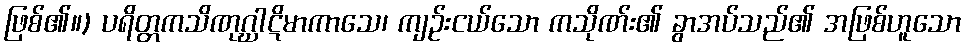
ဖြစ်၏။) ပရိတ္တကသိဏုဂ္ဃါဋိမာကာသေ၊ ကျဉ်းငယ်သော ကသိုဏ်း၏ ခွာအပ်သည်၏ အဖြစ်ဟူသော